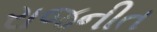
રાજનીત